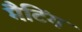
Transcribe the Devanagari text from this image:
मैटिंग